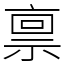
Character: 禀